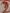
Text: 2